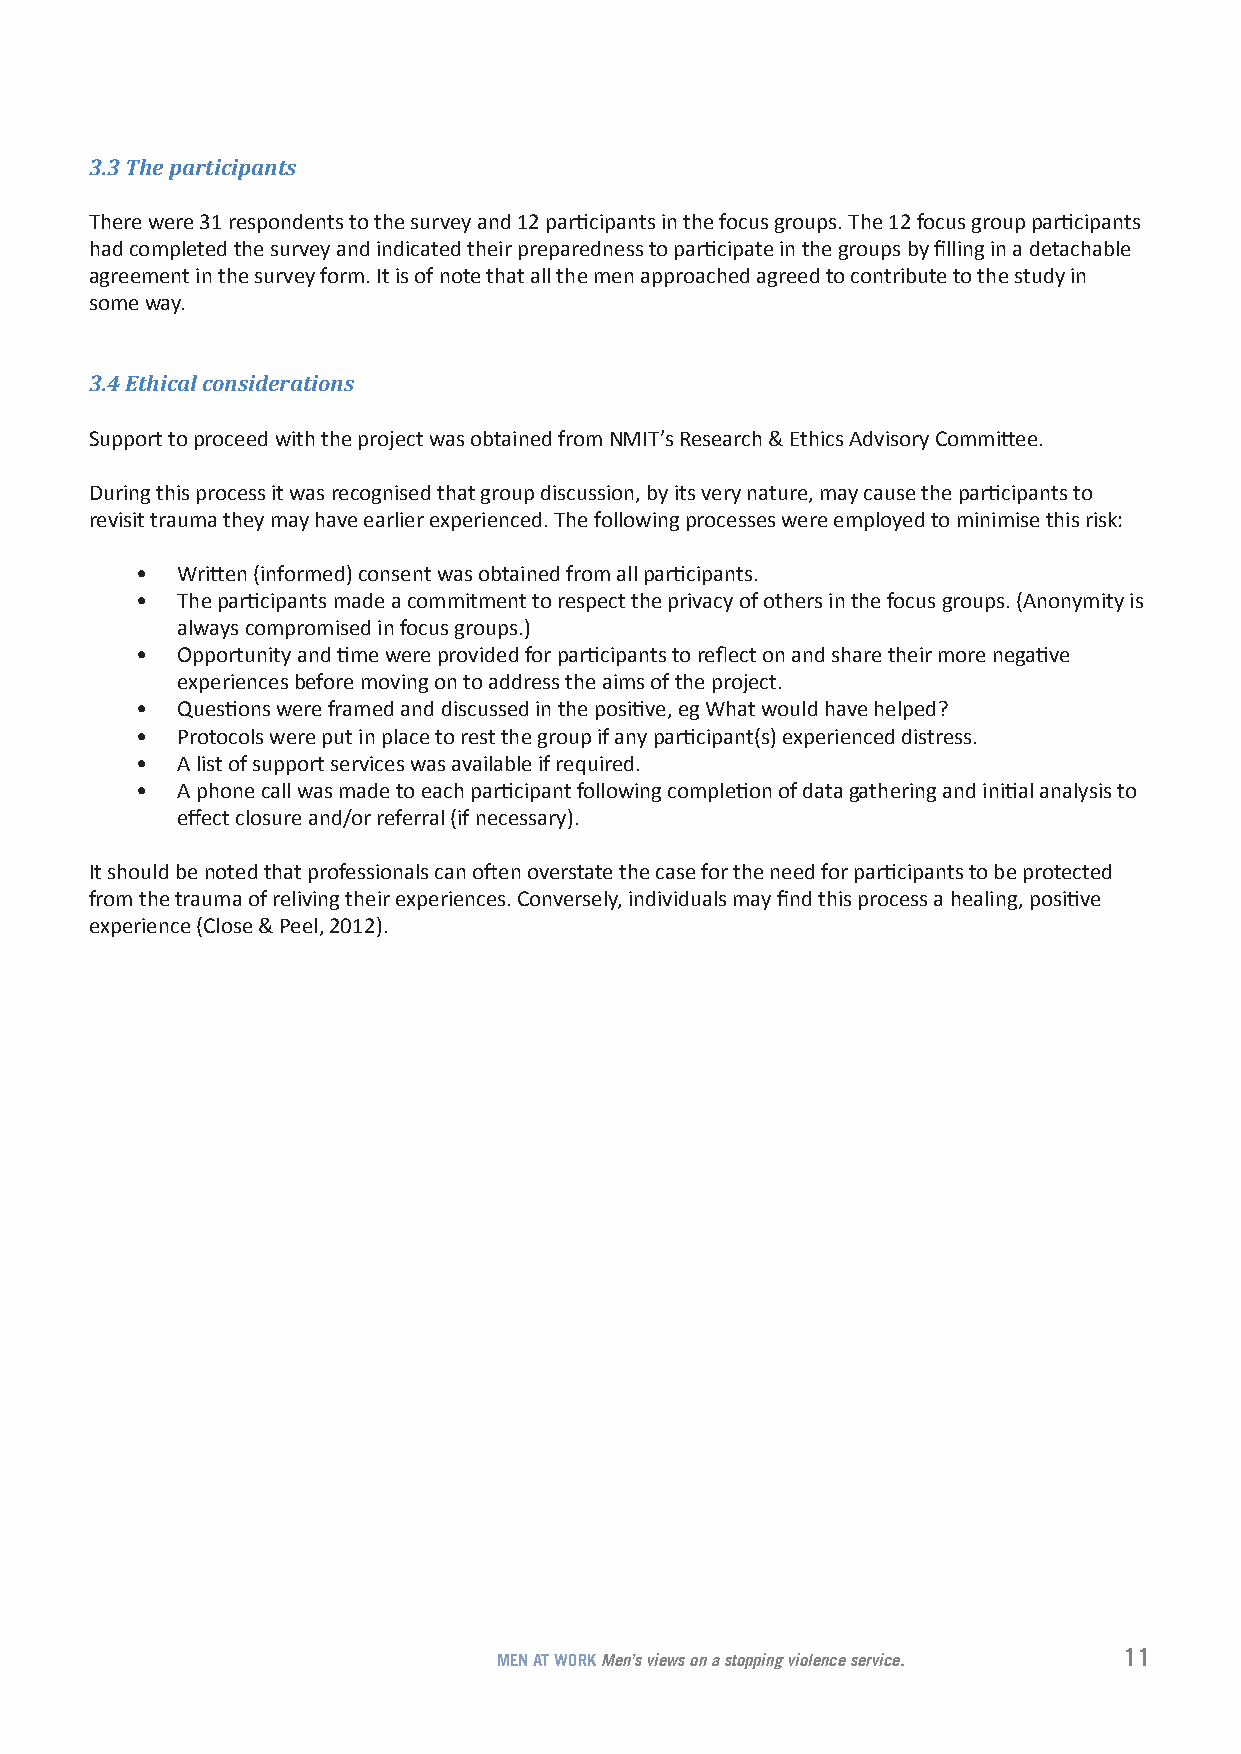
3.3 The participants
 There were 31 respondents to the survey and 12 participants in the focus groups. The 12 focus group participants
 had completed the survey and indicated their preparedness to participate in the groups by filling in a detachable
 agreement in the survey form. It is of note that all the men approached agreed to contribute to the study in
 some way.
 3.4 Ethical considerations
 Support to proceed with the project was obtained from NMIT’s Research & Ethics Advisory Committee.
 During this process it was recognised that group discussion, by its very nature, may cause the participants to
 revisit trauma they may have earlier experienced. The following processes were employed to minimise this risk:
 •  Written (informed) consent was obtained from all participants.
 •  The participants made a commitment to respect the privacy of others in the focus groups. (Anonymity is
 always compromised in focus groups.)
 •  Opportunity and time were provided for participants to reflect on and share their more negative
 experiences before moving on to address the aims of the project.
 •  Questions were framed and discussed in the positive, eg What would have helped?
 •  Protocols were put in place to rest the group if any participant(s) experienced distress.
 •  A list of support services was available if required.
 •  A phone call was made to each participant following completion of data gathering and initial analysis to
 effect closure and/or referral (if necessary).
 It should be noted that professionals can often overstate the case for the need for participants to be protected
 from the trauma of reliving their experiences. Conversely, individuals may find this process a healing, positive
 experience (Close & Peel, 2012).
 11
 MEN AT WORK Men’s views on a stopping violence service.